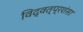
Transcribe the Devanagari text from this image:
विद्वत्प्रशंसा